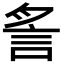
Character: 䚻